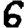
Digit: 6